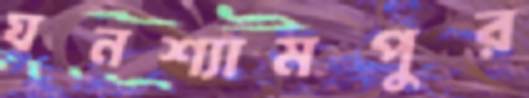
ঘনশ্যামপুর